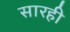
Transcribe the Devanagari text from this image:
सारही